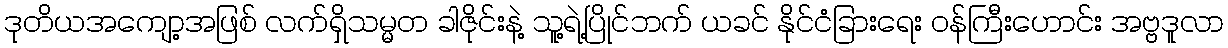
ဒုတိယအကျော့အဖြစ် လက်ရှိသမ္မတ ခါဇိုင်းနဲ့ သူ့ရဲ့ပြိုင်ဘက် ယခင် နိုင်ငံခြားရေး ဝန်ကြီးဟောင်း အဗ္ဗဒူလာ